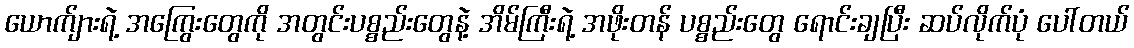
ယောက်ျားရဲ့ အကြွေးတွေကို အတွင်းပစ္စည်းတွေနဲ့ အိမ်ကြီးရဲ့ အဖိုးတန် ပစ္စည်းတွေ ရောင်းချပြီး ဆပ်လိုက်ပုံ ပေါ်တယ်